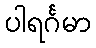
ပါရင်္ဂမာ